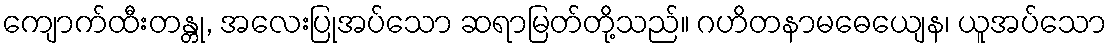
ကျောက်ထီးတန္တု, အလေးပြုအပ်သော ဆရာမြတ်တို့သည်။ ဂဟိတနာမဓေယျေန၊ ယူအပ်သော